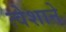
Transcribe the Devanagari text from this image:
त्वेशाने